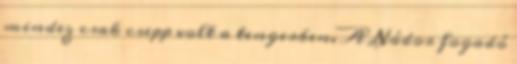
mindez csak csepp volt a tengerben. A Nádor fogadó